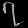
Digit: ၇